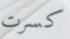
كسرت